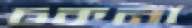
চকনা